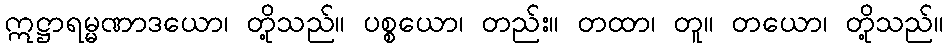
ဣဋ္ဌာရမ္မဏာဒယော၊ တို့သည်။ ပစ္စယော၊ တည်း။ တထာ၊ တူ။ တယော၊ တို့သည်။